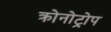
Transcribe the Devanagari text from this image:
क्रोनोट्रोप